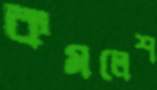
কমলেশ